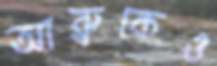
আব্রুকেও